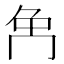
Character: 𠕗